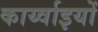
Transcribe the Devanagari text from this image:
कार्य्वाइयों